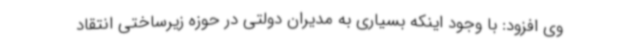
وی افزود: با وجود اینکه بسیاری به مدیران دولتی در حوزه زیرساختی انتقاد